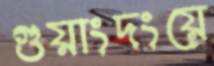
গুয়াংদংয়ে